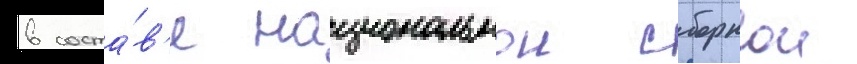
в соста́в'е национальнои сборнои